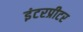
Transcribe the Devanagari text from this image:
इंटरप्रीटर